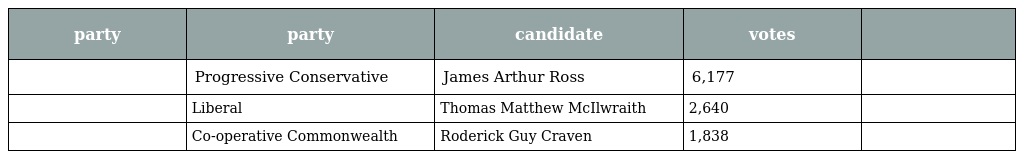
| party | party | candidate | votes |  |
 | --- | --- | --- | --- | --- |
 |  | Progressive Conservative | James Arthur Ross | 6,177 |  |
 |  | Liberal | Thomas Matthew McIlwraith | 2,640 |  |
 |  | Co-operative Commonwealth | Roderick Guy Craven | 1,838 |  |